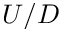
U / D